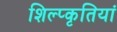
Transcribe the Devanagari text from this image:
शिल्प्कृतियां